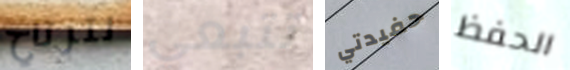
لترتاح تتبعي حفيدتي الحفظ